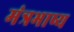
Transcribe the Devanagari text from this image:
मंत्रभाष्य